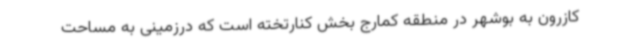
کازرون به بوشهر در منطقه کمارج بخش کنارتخته است که درزمینی به مساحت